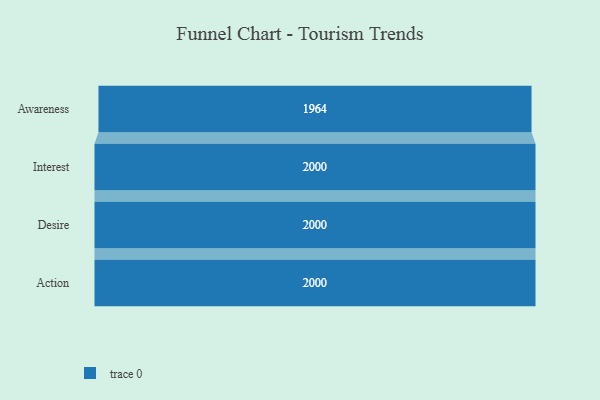
{"axis": {"x": "Stage", "y": "Value"}, "legend": [""], "data": [{"x": "Awareness", "y": 1964.0, "type": ""}, {"x": "Interest", "y": 2000, "type": ""}, {"x": "Desire", "y": 2000, "type": ""}, {"x": "Action", "y": 2000, "type": ""}]}